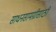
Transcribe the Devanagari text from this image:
साधनसामग्रीसाठी